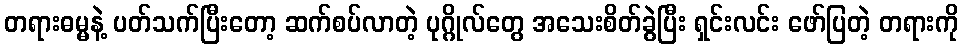
တရားဓမ္မနဲ့ ပတ်သက်ပြီးတော့ ဆက်စပ်လာတဲ့ ပုဂ္ဂိုလ်တွေ အသေးစိတ်ခွဲပြီး ရှင်းလင်း ဖော်ပြတဲ့ တရားကို